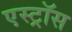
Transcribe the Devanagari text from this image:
एस्ट्रॉस